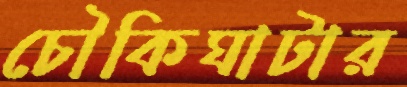
চৌকিঘাটার